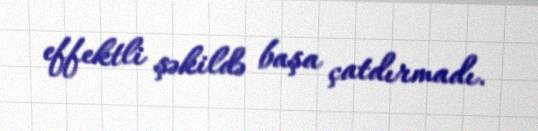
effektli şəkildə başa çatdırmadı.